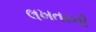
લખતરની